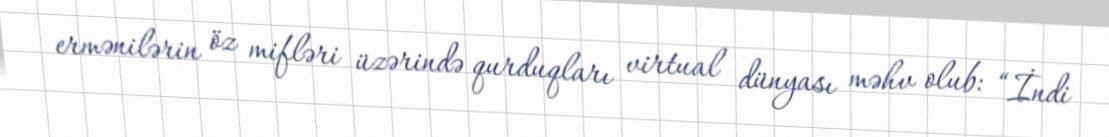
ermənilərin öz mifləri üzərində qurduqları virtual dünyası məhv olub: “İndi